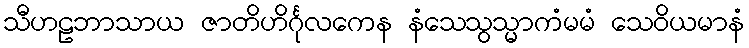
သီဟဠဘာသာယ ဇာတိဟိင်္ဂုလကေန နံသေသွသ္မာကံမမံ သေဝိယမာနံ